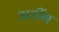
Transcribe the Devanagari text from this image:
अडींग